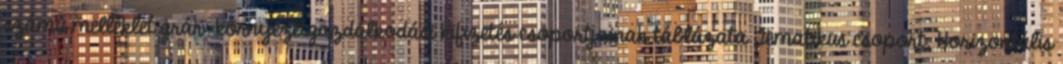
számú melléklet grár-környezetgazdálkodási kifizetés csoportjainak táblázata Tematikus csoport. Horizontális